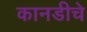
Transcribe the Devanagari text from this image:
कानडीचे